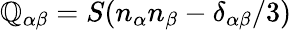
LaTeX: \mathbb{Q}_{\alpha\beta}=S(n_{\alpha}n_{\beta}-\delta_{\alpha\beta}/3)